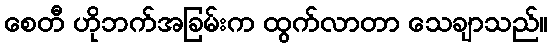
စေတီ ဟိုဘက်အခြမ်းက ထွက်လာတာ သေချာသည်။